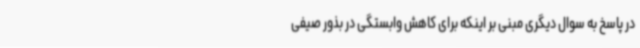
در پاسخ به سوال دیگری مبنی بر اینکه برای کاهش وابستگی در بذور صیفی